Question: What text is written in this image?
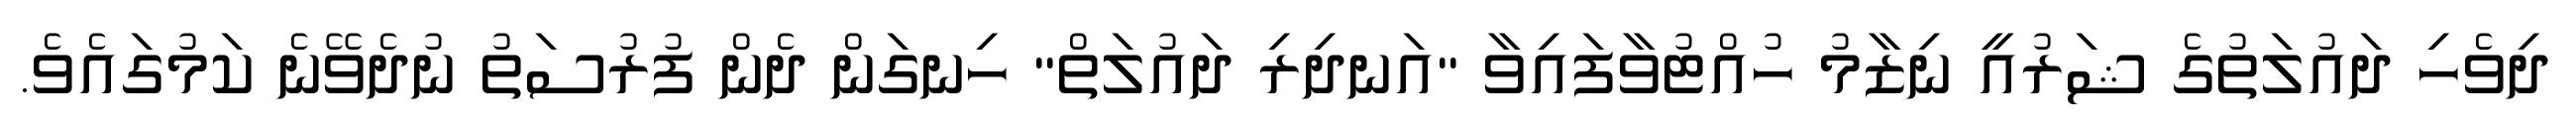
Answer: ދިވެހި ދައުލަތުގެ ޝަރުއީ ނިޒާމު ހުއްޓުވާފައިވާ "އަނދިރި ދައުލަތް" ހިނގަން ދެން ފުރުސަތު ނުދެވޭނެ ކަމުގައެވެ.